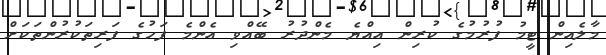
މާލެއިން ޓީމު ފުރުމުގެ ކުރިން އިއްޔެ މެންދުރު ބޭއްވި އެންމެ ފަހުގެ ފަރިތަކުރުންތަކަށް